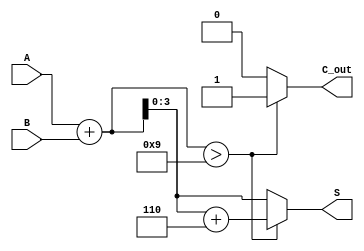
module BCD_Async_Adder (
    input  [3:0] A,      // First BCD digit
    input  [3:0] B,      // Second BCD digit
    output reg [3:0] S,  // BCD output sum
    output reg C_out     // Carry out indicating overflow
);

// Internal signals
wire [4:0] Sum;          // 5-bit sum to accommodate carry
wire correction_needed;   // Signal to indicate correction needed

// Calculate initial sum
assign Sum = A + B;

// Determine if correction is needed
assign correction_needed = (Sum > 4'd9);

// BCD correction (if needed)
always @(*) begin
    if (correction_needed) begin
        S = Sum + 4'd6;  // Apply correction by adding 6
        C_out = 1;       // Set carry out to 1 for overflow
    end else begin
        S = Sum[3:0];    // No correction needed, use the lower 4 bits of the sum
        C_out = 0;       // Carry out is 0
    end
end

endmodule